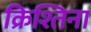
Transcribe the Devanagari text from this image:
क्रिश्तिना